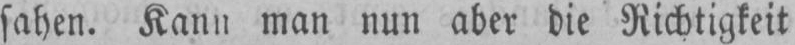
sahen. Kann man nun aber die Richtigkeit